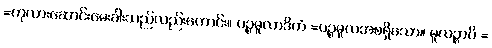
=ကုလားဆောင်းမေးခါးသည်လည်းကောင်း။ ပဉ္စမူလာဒိကံ =ပဉ္စမူလအစရှိသော။ မူလဉ္စာပိ =